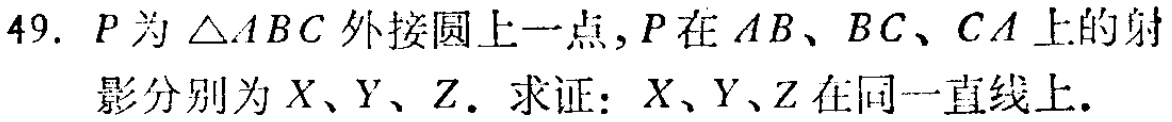
49. \(P\)为\(\triangle ABC\)外接圆上一点，\(P\)在\(AB\)、\(BC\)、\(CA\)上的射影分别为\(X\)、\(Y\)、\(Z\)。求证：\(X\)、\(Y\)、\(Z\)在同一直线上。